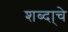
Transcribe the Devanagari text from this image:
शब्दा्चे